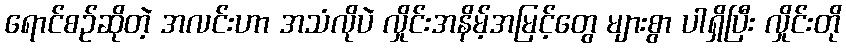
ရောင်စဉ်ဆိုတဲ့ အလင်းဟာ အသံလိုပဲ လှိုင်းအနိမ့်အမြင့်တွေ များစွာ ပါရှိပြီး လှိုင်းတို